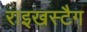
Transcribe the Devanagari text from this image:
राइखस्टैग